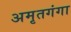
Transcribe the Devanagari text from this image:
अमृतगंगा